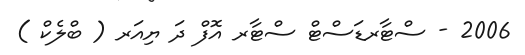
2006 - ސްޓާރޑަސްޓް ސްޓާރ އޮފް ދަ ޔިއަރ ( ބްލެކް )